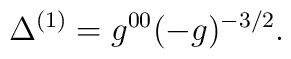
\Delta^{(1)} = g^{00}(-g)^{-3/2}.